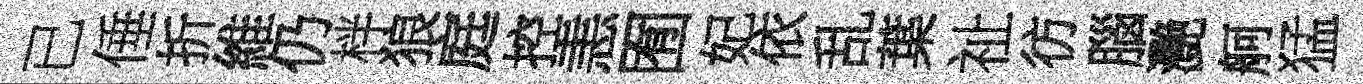
已倕折維仍柈狼庭控恚囿妃依乱葉祉彷腦灧舸猛